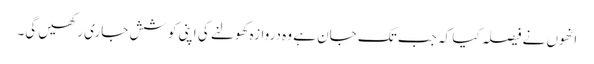
انھوں نے فیصلہ کیا کہ جب تک جان ہے وہ دروازہ کھولنے کی اپنی کوشش جاری رکھیں گی۔